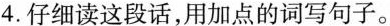
4.仔细读这段话，用加点的词写句子。